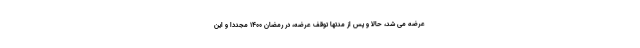
عرضه می شد، حالا و پس از مدتها توقف عرضه، در رمضان ۱۴۰۰ مجددا و این